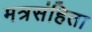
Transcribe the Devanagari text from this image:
मत्रसंहिता